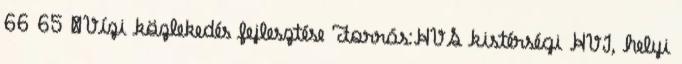
66 65 ▪Vízi közlekedés fejlesztése Forrás:HVS kistérségi HVI, helyi